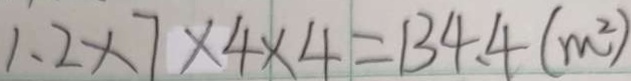
1 . 2 \times 7 \times 4 \times 4 = 1 3 4 . 4 ( m ^ { 2 } )